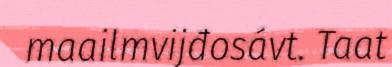
maailmvijđosávt. Taat